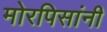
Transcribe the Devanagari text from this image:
मोरपिसांनी